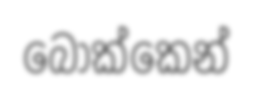
බොක්කෙන්